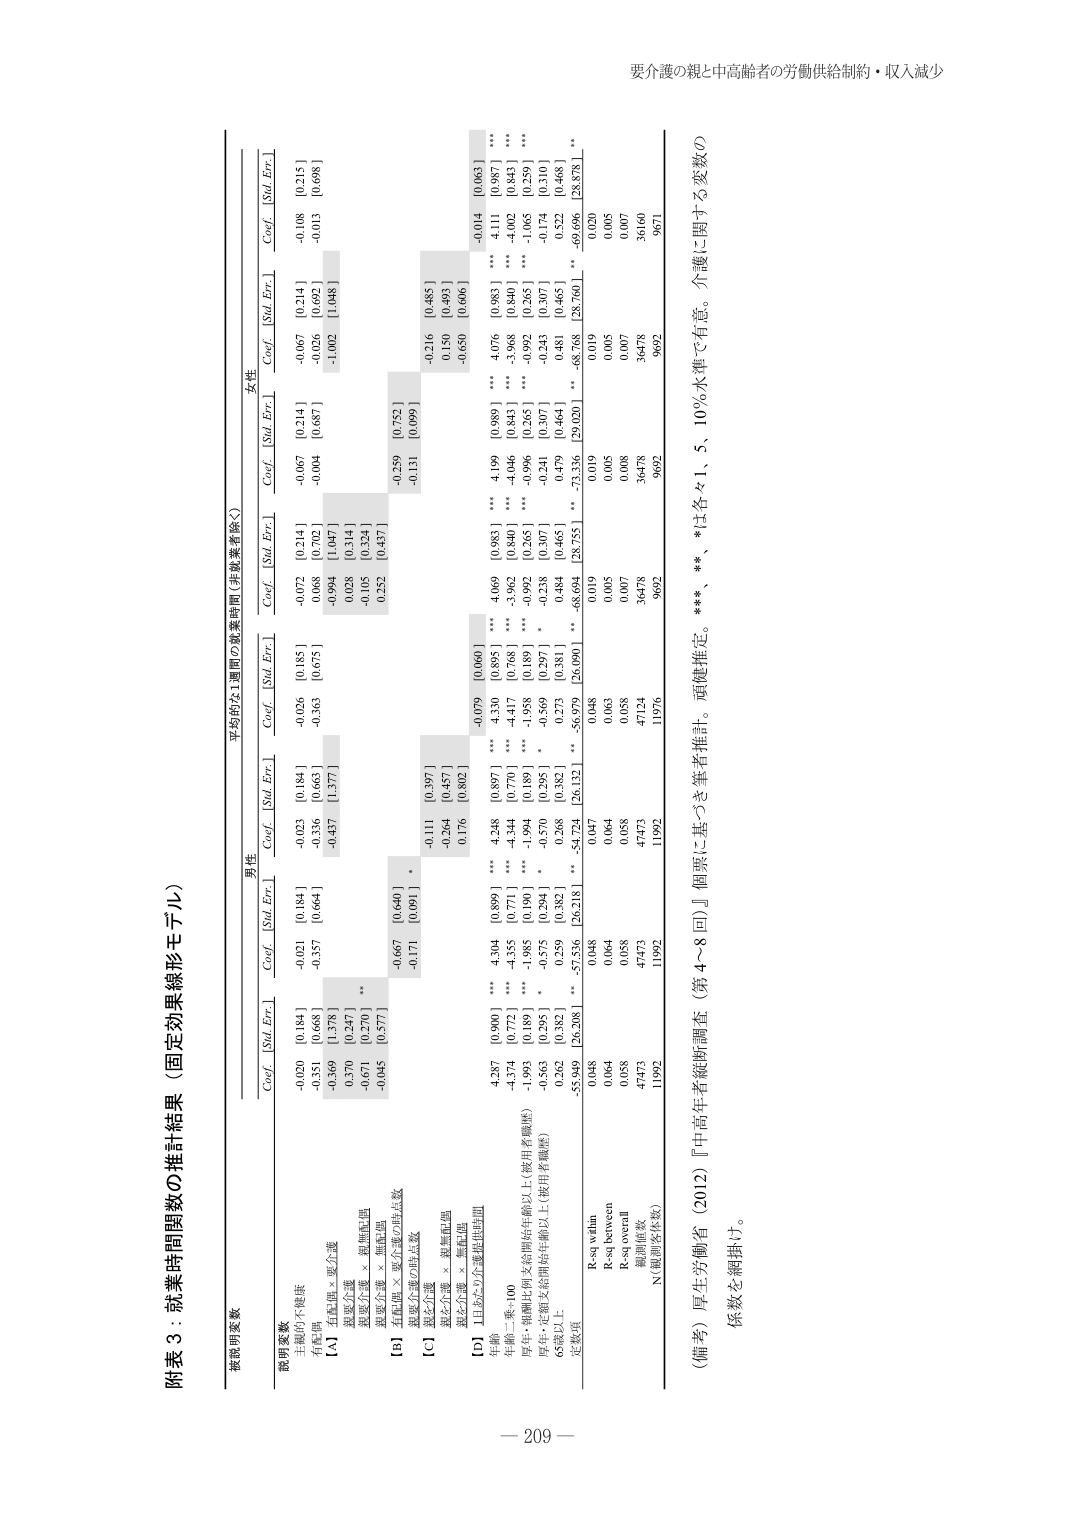
附表３：就業時間関数の推計結果（固定効果線形モデル）

被説明変数

説明変数

有職の不健康

[A] 主観的健康 × 要介護
　　健康介護
　　健康介護 × 無職転職
　　健康介護 × 要介護
[B] 主観的健康 × 要介護/非転職
　　健康介護 × 要介護
[C] 健康介護
　　健康介護 × 無職転職
[D] 「日6か月」×要介護/非転職

年齢（一乗～100）
年齢・増加比（何年間前年齢以上（被用者職歴））
厚生・定年支給開始年齢以上（被用者職歴）
65歳以上

定数項

R-sq within
R-sq between
R-sq overall
観測値数
N（観測者件数）

男性
Coef. [Std. Err.]
-0.020 [0.184]
-0.351 [0.668]
-0.369 [1.378]
0.370 [0.547]
-0.671 [0.270]
-0.045 [0.577]
-0.667 [0.640]
-0.171 [0.091]
-0.111 [0.397]
-0.264 [0.457]
0.176 [0.802]
4.287 [0.900]
-4.374 [0.772]
-1.993 [0.189]
-0.563 [0.295]
0.262 [0.382]
-55.949 [26.208]
0.048
0.064
0.058
47473
11992

平均的な1週間の就業時間（非就業者除く）
Coef. [Std. Err.]
-0.023 [0.184]
-0.736 [0.668]
-0.437 [1.377]
-0.248 [0.899]
-4.344 [0.770]
-1.985 [0.190]
-0.570 [0.295]
0.268 [0.382]
-54.724 [26.132]
0.047
0.064
0.058
47473
11992

女性
Coef. [Std. Err.]
-0.072 [0.214]
-0.068 [0.702]
-0.994 [1.047]
0.028 [0.514]
-0.105 [0.324]
0.252 [0.437]
-0.259 [0.752]
-0.131 [0.099]
-0.216 [0.485]
0.130 [0.493]
-0.650 [0.606]
4.330 [0.895]
-4.417 [0.768]
-1.938 [0.189]
-0.569 [0.297]
0.273 [0.381]
-56.979 [26.190]
0.048
0.063
0.058
47124
11976

Coef. [Std. Err.]
-0.067 [0.214]
-0.004 [0.687]
-1.002 [1.048]
-0.076 [0.214]
-0.036 [0.497]
-0.014 [0.063]
4.199 [0.989]
-4.046 [0.843]
-0.992 [0.265]
-0.241 [0.307]
-0.479 [0.464]
-73.336 [29.020]
0.019
0.005
0.008
36478
9692

Coef. [Std. Err.]
-0.108 [0.215]
-0.013 [0.698]
-0.120 [0.020]
4.111 [0.987]
-4.002 [0.843]
-1.065 [0.259]
-0.174 [0.310]
-0.522 [0.468]
-69.696 [28.878]
0.005
0.007
36160
9671

（備考）厚生労働省（2012）『中高年者縦断調査（第4～8回）』個票に基づき筆者推計。両側推定。***、**、*は各々1、5、10％水準で有意。介護に関する変数の係数を網掛け。

要介護の親と中高齢者の労働供給制約・収入減少

— 209 —